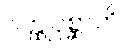
ဝတ္ထုပုစ္ဆာတိ